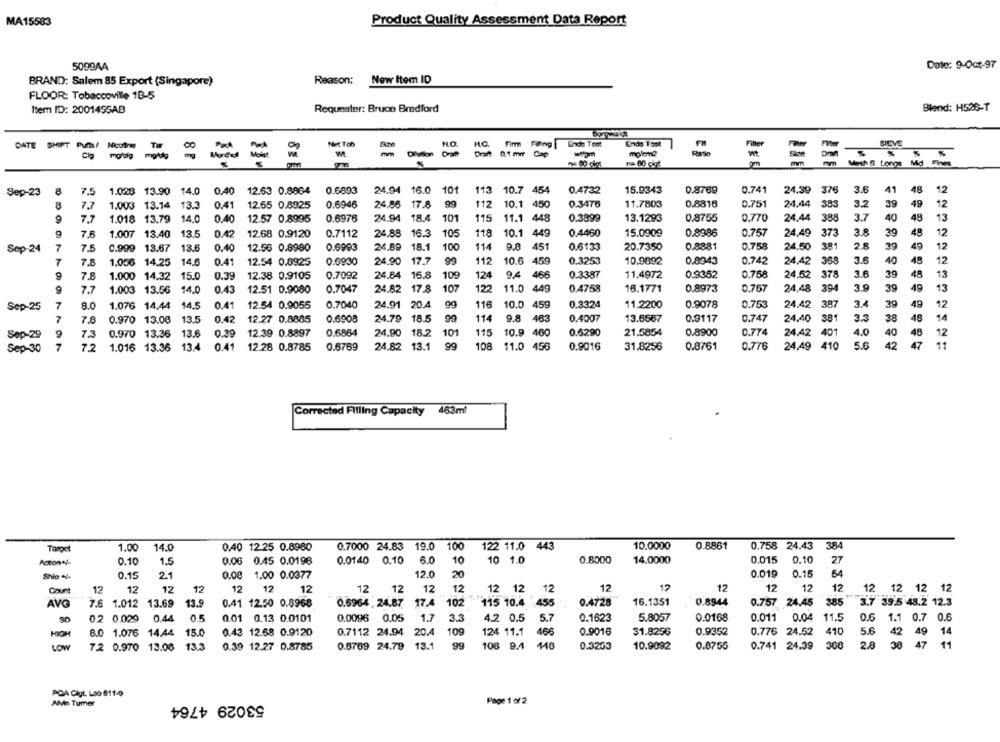
MA15583
Product Quality Assessment Data Report
5099AA
Date: 9-Oct-97
BRAND: Salem 85 Export (Singapore)
Reason: New Item ID
FLOOR: Tobaccoville 1B-5
Item ID: 2001455AB
Requester: Bruce Bradford
Blend: H526-T
HO.
Ende Toot
DATE SHIFT
Nicotine
Pak
NAit Tob
HO.
Fin Føling Ende Toot
SIEVE
moldig
Olution
Draft
0.1 mm Cap
-m
molem?
Paso
-
%
Mesh & Longs Mid
Sep-23
8
7.5
1.028 13.90
14.0
0.40
12.63 0.8864
0.6893
24.94 16.0 101
113 10.7 454
0.4732
15.9343
0.8769
0.741
24.39 376
3.6
41
48
12
7.7
1.003 13.14 13.3
0.41
12.65 0.8925
0.6946
24.86 17.8 99
112
10.1 450
0.3476
11.7803
0.8816
0.751
24.44
383
3.2
39
49
12
388
7.7
1.018
13.79
14.0
0.40
12.57 0.8995
0.6976
24.94 18.4
101
115
11.1 448
0.3899
13.1293
0.8755
0.770
24.44
3.7
40
48
13
7.8
1.007
13.40
13.5
0.42
12.68 0.9120
0.7112
24.88 16.3
105
118
10.1 449
0.4460
15.0909
0.8986
0.757
24,49
373
3.8
39
48
12
0.758
28
39
Sop-24
7
7.5
0.999 13.67
13.6
0.40
12.56 0.8990
0.6993
24.89
18.1
100
114
9.0
451
0.6133
20.7350
0.8881
24,50
381
49
12
17.7
10.6
459
0.3253
10.9892
368
3.6
40
48
12
7
7.8
1.056
14.25
14.6
0.41
12.54 0.8925
0.6930
24.90
99
112
0.8943
0.742
24,42
12.38 0.9105
0.7092
24.84 15.8
109
9.4
466
0.3387
11.4972
0.9352
0.758
24.52
378
3.6
39
48
13
7.8
1.000 14.32
15.0
0.39
124
7.7
1.003
13.56
14.0
0.43
12.51 0.9080
0.7047
24.82 17.8
107
122
11.0 449
0.4758
16.1771
0.8973
0.757
24,48
394
3.9
39
49
13
7
8.0
1.076 14.44
14.5
0.41
12.54 0.9055
0.7040
24.91 20.4
116
10.0
459
0.3324
11.2200
0.9078
0.753
24.42
387
3.4
39
49
12
Sep-25
7
7.8
0.970
13.00
13.5
0.42
12.27 0.8885
0.6908
24.79
18.5
114
9.8
463
0.4007
13.6567
0.9117
0.747
24,40
381
3.3
38
48
14
9
7.3
0.970
13.36
13.6
0.39
12.39 0.8897
0.6864
24.90 18.2
101
115
10.9 460
0.6290
21.5854
0.8900
0.774
24.42
401
4.0
40
48
12
Sep-29
Sep-30
7
7.2
1.016 13.36
13.4
0.41
12.28 0.8785
0.6769
24.82 13.1
108
11.0 456
0.9016
31.8256
0.8761
0.776
24,49
410
5.6
42
47
11
Corrected Filling Capacity 463ml
Tarpet
1.00
14.0
0,40 12.25 0.8980
0.7000 24.83 19.0
100
122 11.0 443
10.0000
0.8861
0.758 24.43
384
Action+/-
0.10
1.5
0.06 0.45 0.0198
0.0140 0.10
6.0
10
10 1.0
0.8000
14.0000
0.015
0.10
27
54
Shio ++
0.15
2.1
0.00 1.00 0.0377
12.0
20
0.019
0.15
12
12
12
12
Count
12
12
12
12
12
12
12
2 12
12
12
12 12
12
12
12
12 12 12 12
AVG
0.6964 , 24.87 17.4
102
115 10.4
16.1351
0.757 24.45
385
3.7 39.5 48.2 12.3
7.6 1.012 13.69
13.9
0.41 12.50 0.8968
455
0.4728
0.8944
0.2 0.029
0.44
0.5
0.01 0.13 0.0101
0.0096 0.05
1.7
3.3
4.2 0.5
5.7
0.1623
5.8057
0.0168
0.011
0.04
11.5
0.6
1.1 0.7 0.6
0.7112 24.94 20.4
109
124 11.1
0.9016
31.825%
0.9352
0.776 24.52
410
5.6
8.0 1.076 14.44
15.0
0.43 12.68 0.9120
466
42 49 14
0.5709 24.79
13.1
99
108 9.4
148
0.3263
0.741 24.39
300
2.8
30
47
11
LOW
72 0.970 13.08
13.3
0.39 12.27 0.8785
10.9092
0.8755
POA Clgt. Loo 611-9
AMn Tumer
53029 4764
Page 1 of 2